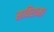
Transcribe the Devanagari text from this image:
सविराम।